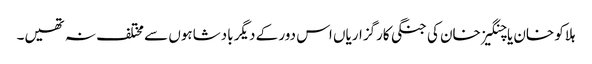
ہلاکو خان یا چنگیز خان کی جنگی کارگزاریاں اس دور کے دیگر بادشاہوں سے مختلف نہ تھیں۔